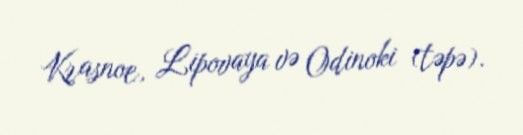
Krasnoe, Lipovaya və Odinoki (təpə).